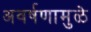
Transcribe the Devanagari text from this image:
अवर्षणामुळे